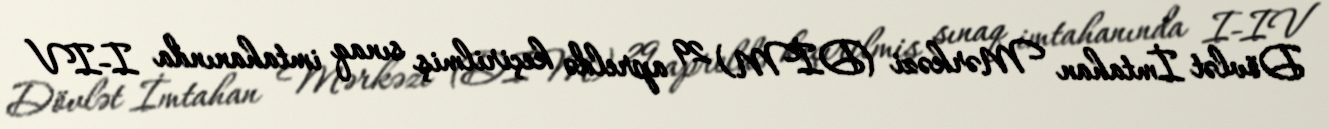
Dövlət İmtahan Mərkəzi (DİM) 29 apreldə keçirilmiş sınaq imtahanında I-IV